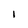
Character: 1